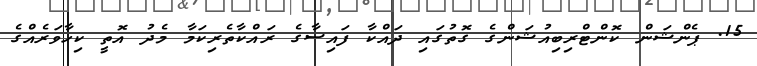
15. ޕެންޝަން ކޮންޓްރިބިއުޝަންގެ ގޮތުގައި ދައްކާ ފައިސާގެ ރައްކާތެރިކަމާ މެދު އޮތީ ކިހާވަރެއްގެ